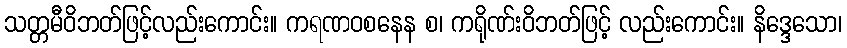
သတ္တမီဝိဘတ်ဖြင့်လည်းကောင်း။ ကရဏဝစနေန စ၊ ကရိုဏ်းဝိဘတ်ဖြင့် လည်းကောင်း။ နိဒ္ဒေသော၊